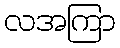
လအကြာ